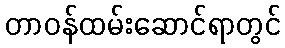
တာဝန်ထမ်းဆောင်ရာတွင်